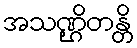
အသဏ္ဌိတန္တိ